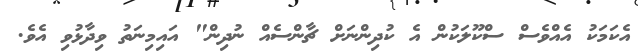
އެކަމަކު އެއްވެސް ސްކޫލަކުން އެ ކުދިންނަށް ޗާންސެއް ނުދިން" އައިމިނަތު ވިދާޅުވި އެވެ.